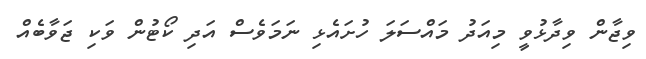
ވިޖާން ވިދާޅުވީ މިއަދު މައްސަލަ ހުށައެޅި ނަމަވެސް އަދި ކޯޓުން ވަކި ޖަވާބެއް